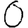
Digit: 0